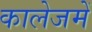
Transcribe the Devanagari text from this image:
कालेजमें